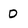
Character: D